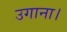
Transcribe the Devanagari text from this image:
उगाना।